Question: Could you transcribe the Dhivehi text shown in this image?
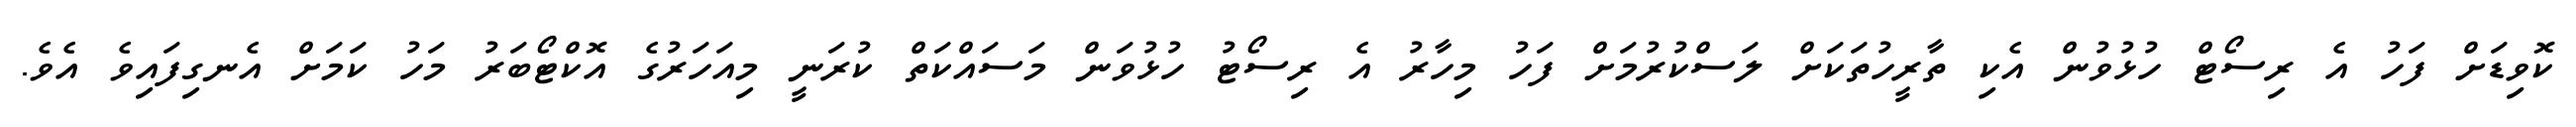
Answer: ކޮވިޑަށް ފަހު އެ ރިސޯޓް ހުޅުވުން އެކި ތާރީހުތަކަށް ލަސްކުރުމަށް ފަހު މިހާރު އެ ރިސޯޓު ހުޅުވަން މަސައްކަތް ކުރަނީ މިއަހަރުގެ އޮކްޓޯބަރު މަހު ކަމަށް އެނގިފައިވެ އެވެ.